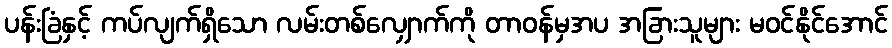
ပန်းခြံနှင့် ကပ်လျက်ရှိသော လမ်းတစ်လျှောက်ကို တာဝန်မှအပ အခြားသူများ မဝင်နိုင်အောင်